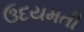
ઉદયમતી